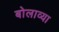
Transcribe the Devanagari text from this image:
बोलाव्या